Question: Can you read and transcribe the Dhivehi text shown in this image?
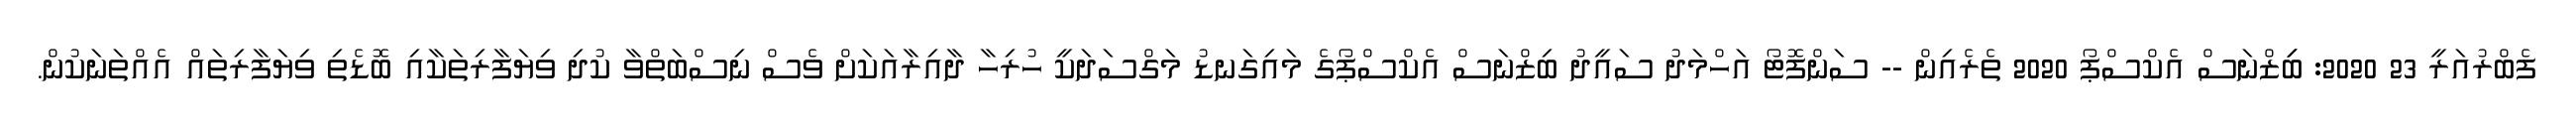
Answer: ފެބްރުއަރީ 23 2020: ބިިޒްނަސް އެކްސްޕޯ 2020 ތެރެއިން -- ސަންފޮޓޯ އަހްމަދު ސައީދު ބިޒްނަސް އެކްސްޕޯގެ މައިގަނޑު މަގްސަދަކީ ހުރިހާ ދާއިރާއަކަށް ވެސް ނިސްބަތްވާ ކުދި ވިޔަފާރިތަކާއި ބޮޑެތި ވިޔަފާރިތައް އެއްތަނަކުން.